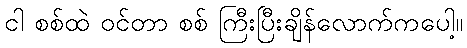
ငါ စစ်ထဲ ဝင်တာ စစ် ကြီးပြီးချိန်လောက်ကပေါ့။